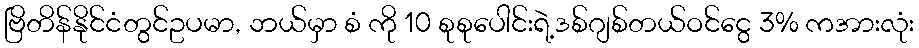
ဗြိတိန်နိုင်ငံတွင်ဥပမာ, ဘယ်မှာ စံ ကို 10 စုစုပေါင်းရဲ့ဒစ်ဂျစ်တယ်ဝင်ငွေ 3% ကအားလုံး